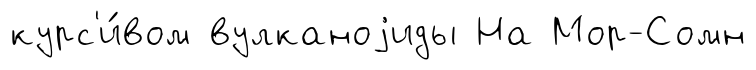
курс'и́вом вулканоjиды На Мор-Сомн